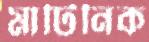
মার্টিনিক